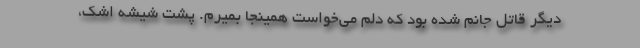
دیگر قاتل جانم شده بود که دلم می‌خواست همینجا بمیرم. پشت شیشه اشک،